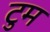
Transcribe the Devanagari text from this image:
टुम